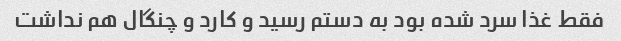
فقط غذا سرد شده بود به دستم رسید و کارد و چنگال هم نداشت